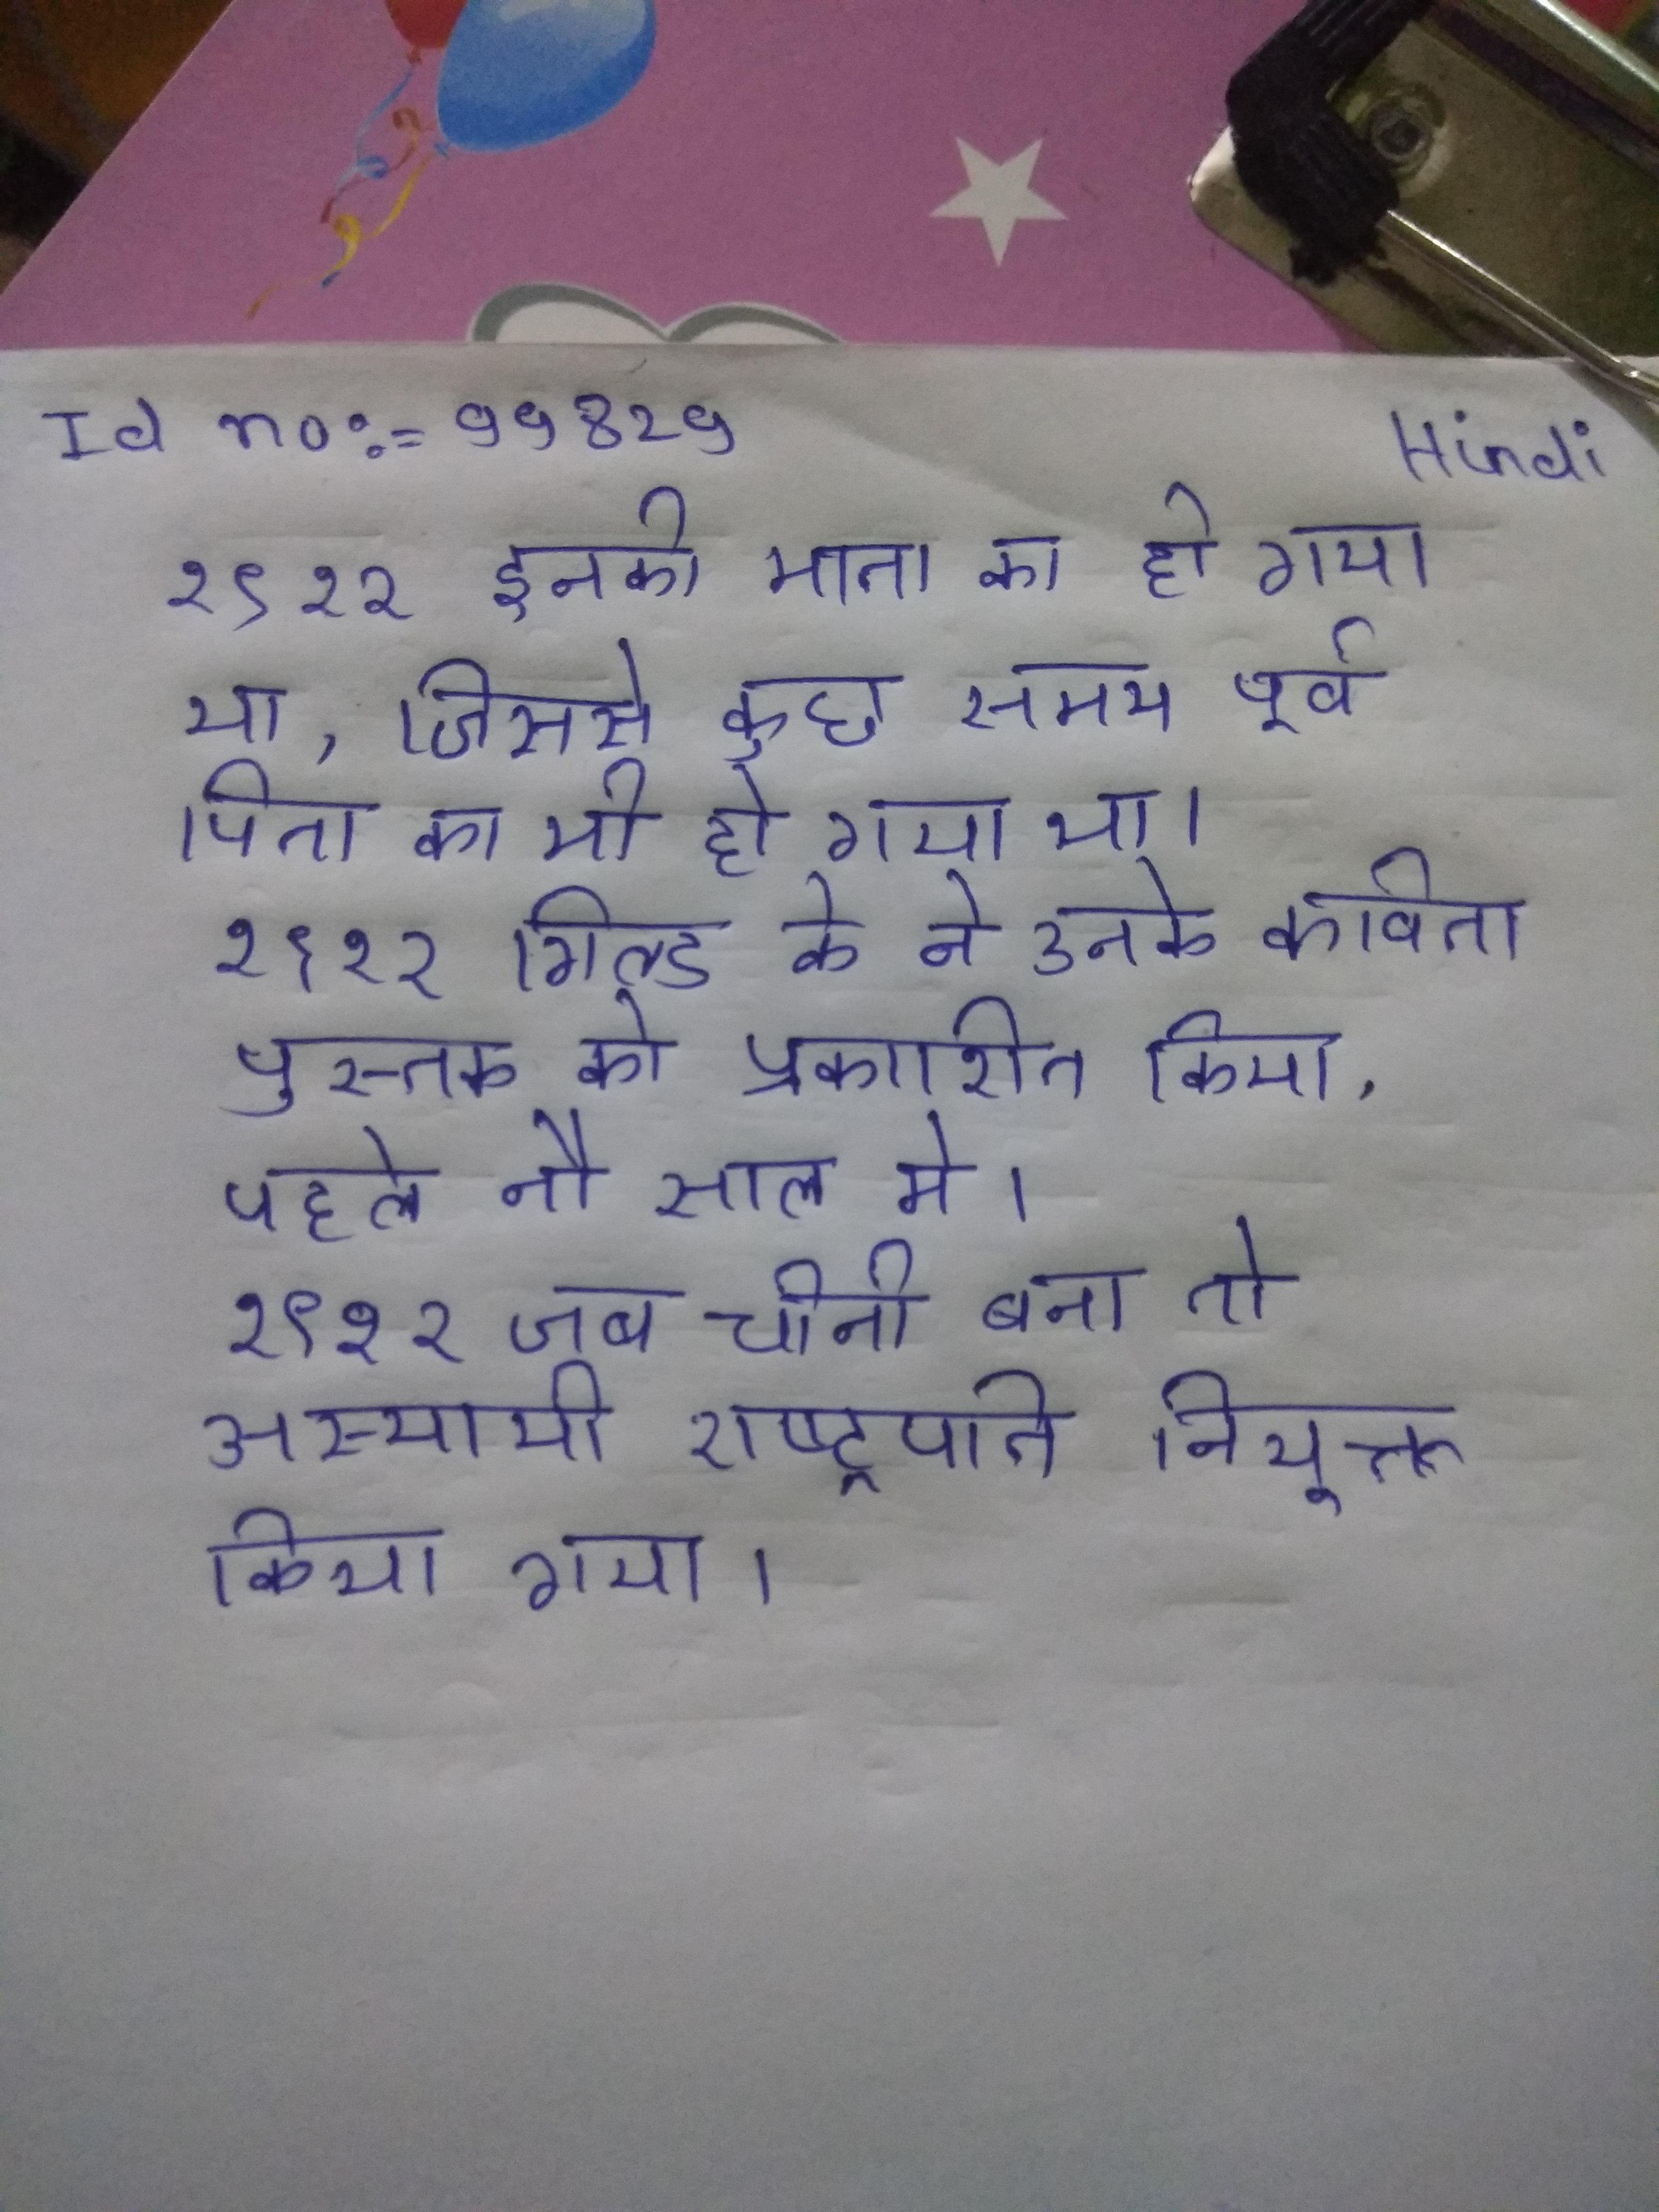
१९१२ इनकी माता का हो गया था, जिससे कुछ समय पूर्व पिता का भी हो गया था । १९१२ गिल्ड के ने उनके कविता पुस्तक को प्रकाशित किया, पहले नौ साल मे । १९१२ जब चीनी बना तो अस्थायी राष्ट्रपति नियुक्त किया गया ।